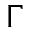
\Gamma